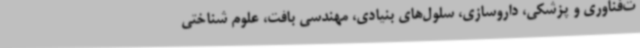
ت‌فناوری و پزشکی، داروسازی، سلول‌های بنیادی، مهندسی بافت‌، علوم شناختی